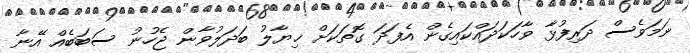
ނަމަވެސް ދަރިފުޅާ ވާހަކަދައްކައިގެން އެފަދަ ގޮތަކަށް ޚިޔާލު ބަދަލުވާން ޖެހުނު ސަބަބެއް އޭނާ